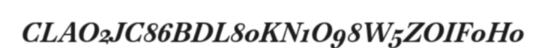
CLAO2JC86BDL80KN1O98W5ZOIF0H0